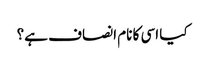
کیا اسی کا نام انصاف ہے؟